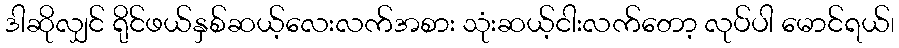
ဒါဆိုလျှင် ရိုင်ဖယ်နှစ်ဆယ့်လေးလက်အစား သုံးဆယ့်ငါးလက်တော့ လုပ်ပါ မောင်ရယ်၊